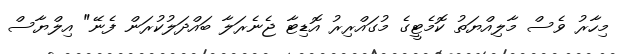
މިހާރު ވެސް މާލިއްޔަތު ކޮމެޓީގެ މުގައްރިރު އޮޑިޓާ ޖެނެރަލާ ބައްދަލުކުރަން ފެނޭ" އިލްޔާސް